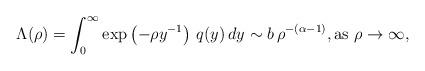
LaTeX: \begin{align*} \Lambda(\rho) = \int_0^\infty \exp\left(-\rho y^{-1}\right)\, q(y)\, dy \sim b \, \rho^{-(\alpha-1)}, \textrm{as } \rho\to\infty,\end{align*}